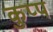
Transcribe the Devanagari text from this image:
कुप्प